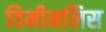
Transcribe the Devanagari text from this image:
विमीनलिस